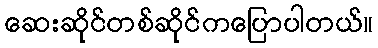
ဆေးဆိုင်တစ်ဆိုင်ကပြောပါတယ်။